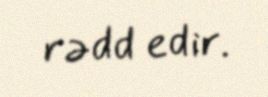
rədd edir.